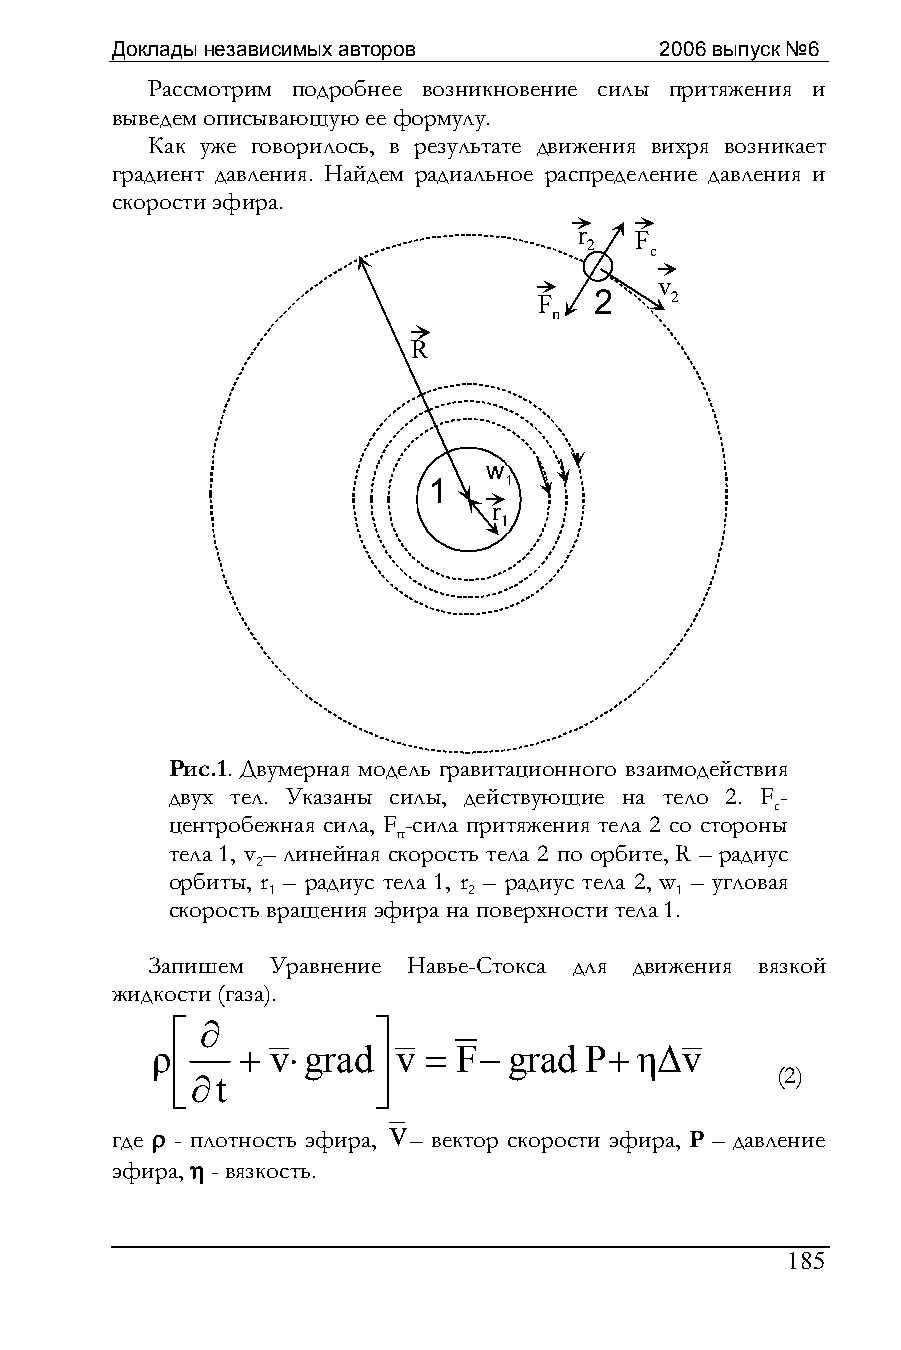
Доклады независимых авторов          2006 выпуск №6
 Рассмотрим подробнее возникновение силы притяжения и
 выведем описывающую ее формулу.
 Как уже говорилось, в результате движения вихря возникает
 градиент давления. Найдем радиальное распределение давления и
 скорости эфира.
 r   F
 2   с
 v
 F  2    2
 п
 R
 w
 1    1
 r
 1
 Рис.1. Двумерная модель гравитационного взаимодействия
 двух тел. Указаны силы, действующие на тело 2. F-
 c
 центробежная сила, F -сила притяжения тела 2 со стороны
 п
 тела 1, v – линейная скорость тела 2 по орбите, R – радиус
 2
 орбиты, r – радиус тела 1, r – радиус тела 2, w – угловая
 1            2             1
 скорость вращения эфира на поверхности тела 1.
 Запишем Уравнение Навье-Стокса для движения вязкой
 жидкости (газа).
 ⎡ ∂           ⎤
 ρ     + v⋅grad  v = F−  grad P+ η∆v
 ⎢             ⎥
 (2)
 ⎣∂t           ⎦
 v
 где ρ - плотность эфира, – вектор скорости эфира, P – давление
 эфира, η - вязкость.
 185